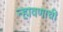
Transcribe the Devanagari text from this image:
न्हावणाची